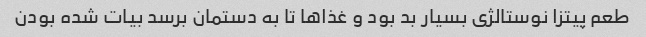
طعم پیتزا نوستالژی بسیار بد بود و غذاها تا به دستمان برسد بیات شده بودن